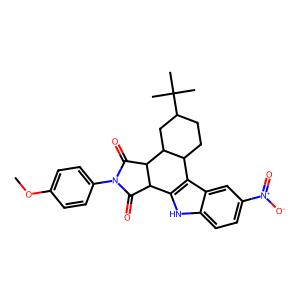
SMILES: COc1ccc(N2C(=O)C3c4[nH]c5ccc([N+](=O)[O-])cc5c4C4CCC(C(C)(C)C)CC4C3C2=O)cc1
Inhibits HIV replication: No